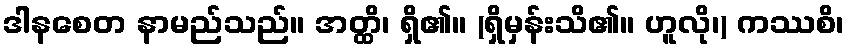
ဒါနစေတ နာမည်သည်။ အတ္ထိ၊ ရှိ၏။ (ရှိမှန်းသိ၏။ ဟူလို၊) ကဿစိ၊